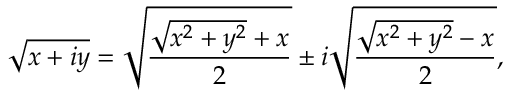
{ \sqrt { x + i y } } = { \sqrt { \frac { { \sqrt { x ^ { 2 } + y ^ { 2 } } } + x } { 2 } } } \pm i { \sqrt { \frac { { \sqrt { x ^ { 2 } + y ^ { 2 } } } - x } { 2 } } } ,